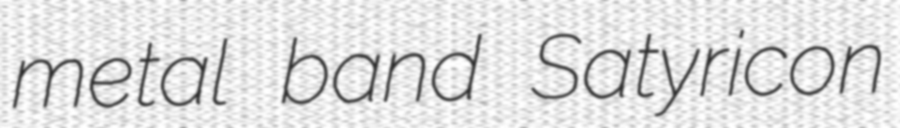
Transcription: metal band Satyricon